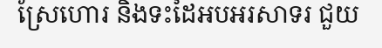
ស្រែហោរ និងទះដៃអបអរសាទរ ជួយ